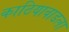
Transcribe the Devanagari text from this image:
काठियावाडला